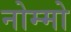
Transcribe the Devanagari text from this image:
नोम्मो